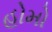
હોમો